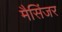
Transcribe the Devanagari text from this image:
मैसिंजर